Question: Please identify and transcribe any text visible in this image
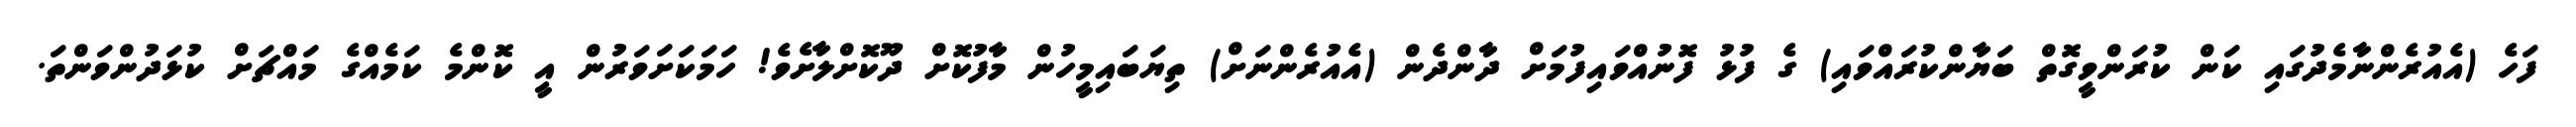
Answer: ފަހެ (އެއުރެންނާމެދުގައި ކަން ކުރަންވީގޮތް ބަޔާންކުރައްވައި) ގެ ފުޅު ފޮނުއްވައިފުމަށް ދާންދެން (އެއުރެންނަށް) ތިޔަބައިމީހުން މާފުކޮށް ދޫކޮށްލާށެވެ! ހަމަކަށަވަރުން އީ ކޮންމެ ކަމެއްގެ މައްޗަށް ކުޅަދުންވަންތަ.